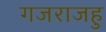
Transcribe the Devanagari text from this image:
गजराजहु